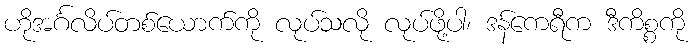
ဟိုအင်္ဂလိပ်တစ်ယောက်ကို လုပ်သလို လုပ်ဖို့ပါ၊ ဒန်ကေရီက ဒီကိစ္စကို